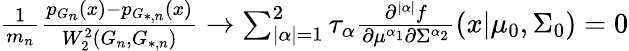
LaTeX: \begin{array}{r}{\frac{1}{m_{n}}\frac{p_{G_{n}}(x)-p_{G_{*,n}}(x)}{W_{2}^{2}(G_{n},G_{*,n})}\to\sum_{|\alpha|=1}^{2}{\tau_{\alpha}\frac{\partial^{|\alpha|}{f}}{\partial{\mu^{\alpha_{1}}}\partial{\Sigma^{\alpha_{2}}}}(x|\mu_{0},\Sigma_{0})}=0}\end{array}